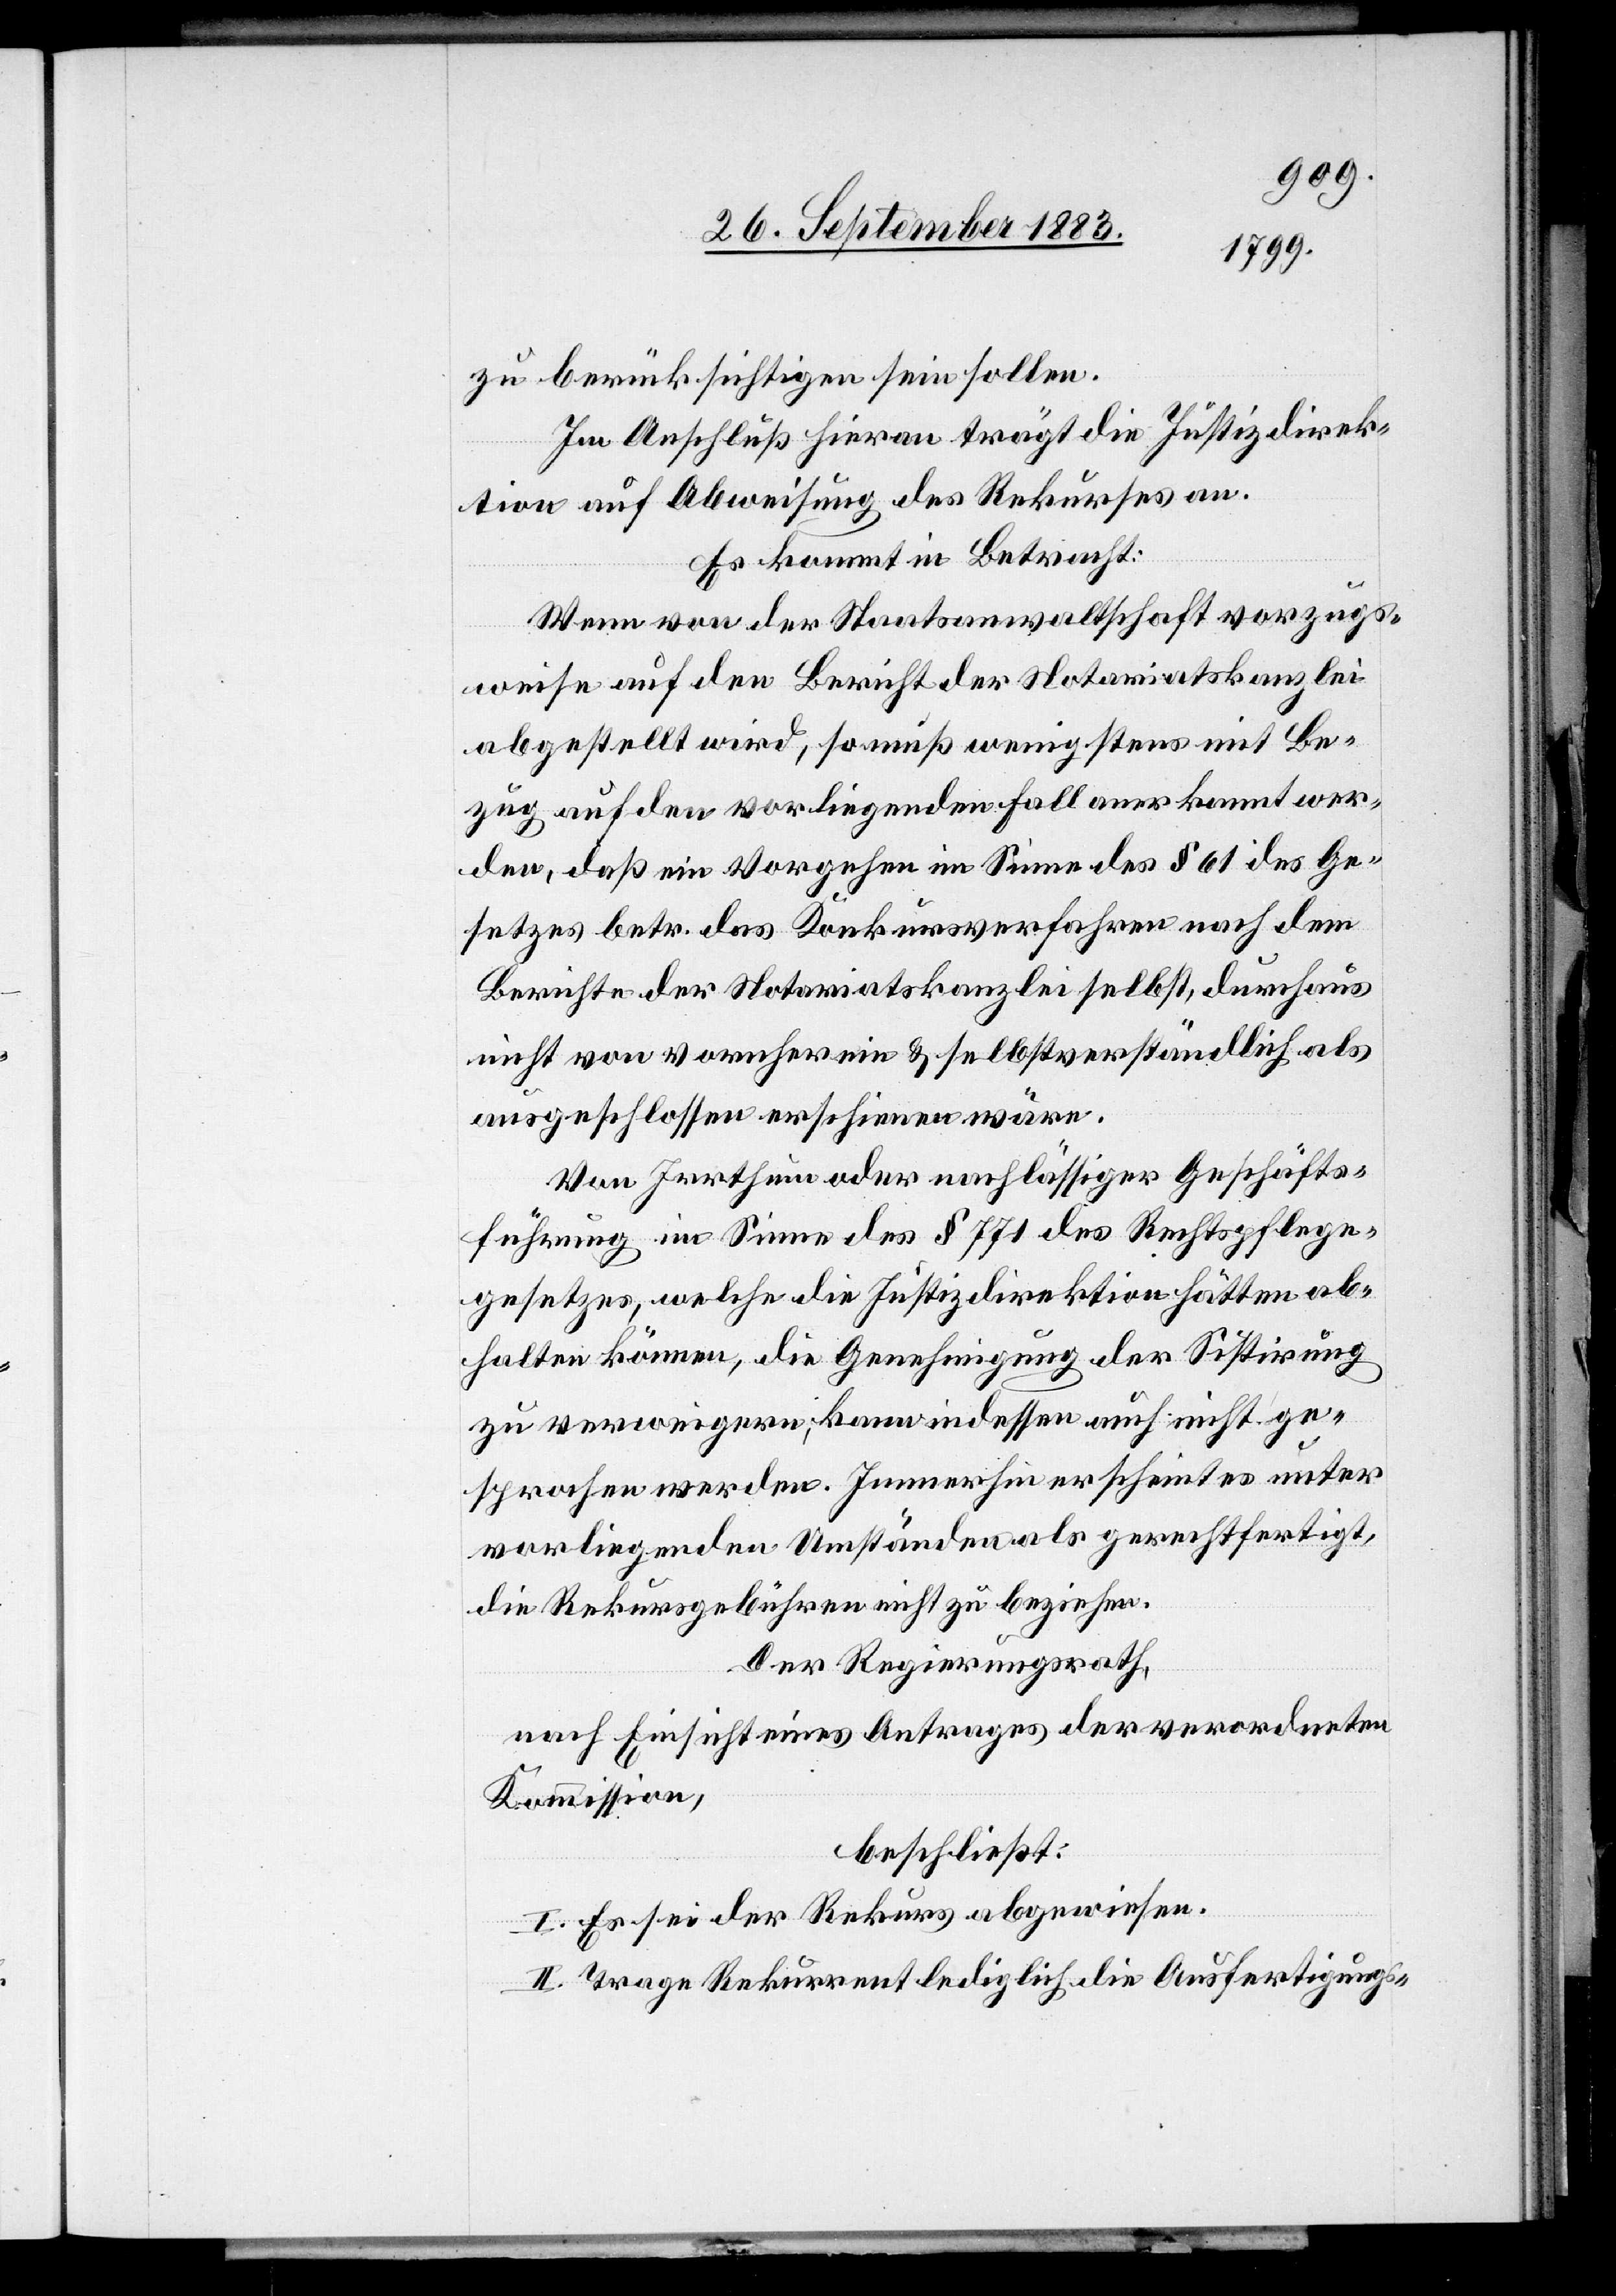
zu berücksichtigen sein sollen.
Im Anschluß hieran trägt die Justizdirek¬
tion auf Abweisung des Rekurses an.
Es kommt in Betracht:
Wenn von der Staatsanwaltschaft vorzugs¬
weise auf den Bericht der Notariatskanzlei
abgestellt wird, so muß wenigstens mit Be¬
zug auf den vorliegenden Fall anerkannt wer¬
den, daß ein Vorgehen im Sinne des § 61 des Ge¬
setzes betr. das Konkursverfahren nach dem
Berichte der Notariatskanzlei selbst, durchaus
nicht von vornherein & selbstverständlich als
ausgeschlossen erschienen wäre.
Von Irrthum oder nachlässiger Geschäfts¬
führung im Sinne des § 771 des Rechtspflege¬
gesetzes, welche die Justizdirektion hätten ab¬
halten können, die Genehmigung der Sistirung
zu verweigern [sic!], kann indessen auch nicht ge¬
sprochen werden. Immerhin erscheint es unter
vorliegenden Umständen als gerechtfertigt,
die Rekursgebühren nicht zu beziehen.
Der Regierungsrath,
nach Einsicht eines Antrages der verordneten
Kommission,
beschließt:
I. Es sei der Rekurs abgewiesen.
II. Trage Rekurrent lediglich die Ausfertigungs-